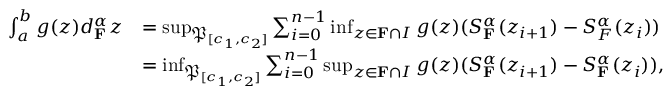
\begin{array} { r l } { \int _ { a } ^ { b } g ( z ) d _ { \mathbf { F } } ^ { \alpha } z } & { = \operatorname* { s u p } _ { \mathfrak { P } _ { [ c _ { 1 } , c _ { 2 } ] } } \sum _ { i = 0 } ^ { n - 1 } \operatorname* { i n f } _ { z \in \mathbf { F } \cap I } g ( z ) ( S _ { \mathbf { F } } ^ { \alpha } ( z _ { i + 1 } ) - S _ { F } ^ { \alpha } ( z _ { i } ) ) } \\ & { = \operatorname* { i n f } _ { \mathfrak { P } _ { [ c _ { 1 } , c _ { 2 } ] } } \sum _ { i = 0 } ^ { n - 1 } \operatorname* { s u p } _ { z \in \mathbf { F } \cap I } g ( z ) ( S _ { \mathbf { F } } ^ { \alpha } ( z _ { i + 1 } ) - S _ { \mathbf { F } } ^ { \alpha } ( z _ { i } ) ) , } \end{array}